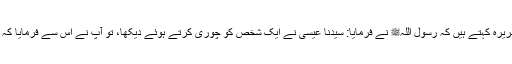
1620: سیدنا ابو ہریرہؓ کہتے ہیں کہ رسول اللہﷺ نے فرمایا: سیدنا عیسیٰؑ نے ایک شخص کو چوری کرتے ہوئے دیکھا، تو آپ نے اس سے فرمایا کہ تو نے چوری کی؟